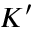
K ^ { \prime }